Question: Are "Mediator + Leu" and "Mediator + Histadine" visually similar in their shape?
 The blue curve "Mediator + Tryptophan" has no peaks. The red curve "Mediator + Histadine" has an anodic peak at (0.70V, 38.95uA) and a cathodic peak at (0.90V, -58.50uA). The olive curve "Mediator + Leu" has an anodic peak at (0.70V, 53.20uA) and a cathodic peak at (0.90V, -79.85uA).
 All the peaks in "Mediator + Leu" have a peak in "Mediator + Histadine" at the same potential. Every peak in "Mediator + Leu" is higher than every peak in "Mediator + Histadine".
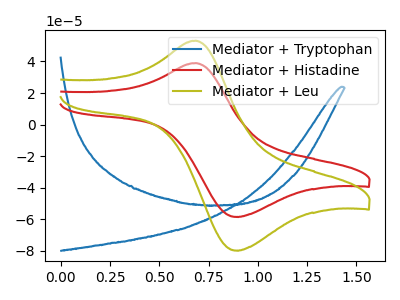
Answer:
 <answer>"Mediator + Leu" and "Mediator + Histadine" are similar in shape.</answer>
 <eval>same_shape</eval>